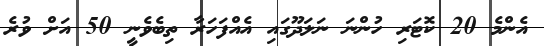
އެންމެ 20 ކޮޓަރި ހުންނަ ނަލަދޫގައި އެއްފަހަރާ ތިބެވެނީ 50 އަށް ވުރެ